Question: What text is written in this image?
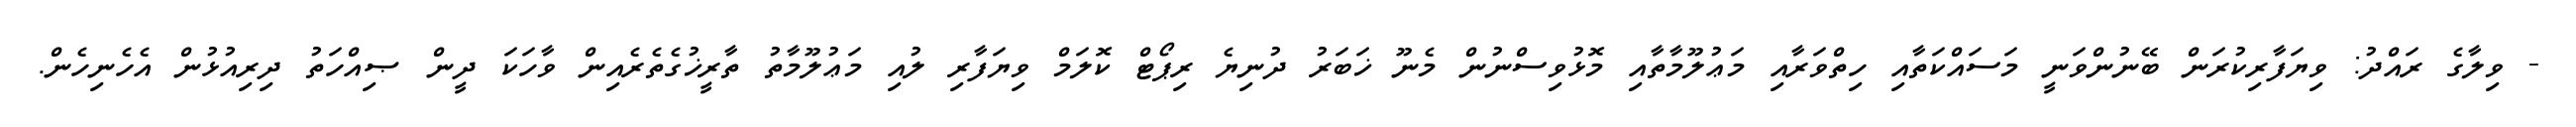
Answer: - ވިލާގެ ރައްދު: ވިޔަފާރިކުރަން ބޭނުންވަނީ މަސައްކަތާއި ހިތްވަރާއި މަޢުލޫމާތާއި މޮޅުވިސްނުން މެނޫ ޚަބަރު ދުނިޔެ ރިޕޯޓް ކޮލަމް ވިޔަފާރި ލުއި މަޢުލޫމާތު ތާރީޚުގެތެރެއިން ވާހަކަ ދީން ޞިއްހަތު ދިރިއުޅުން އެހެނިހެން.